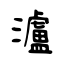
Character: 瀘